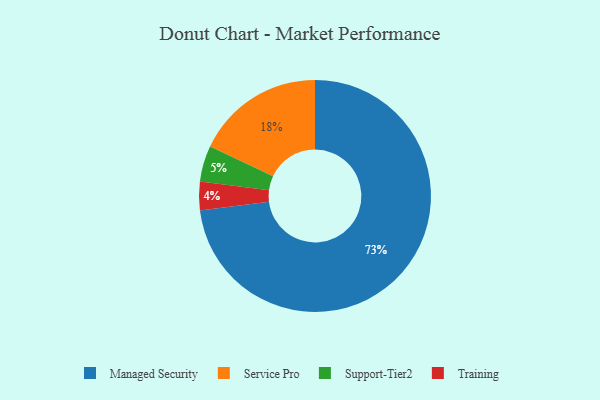
{"axis": {"x": "Category", "y": "Percentage"}, "legend": ["Managed Security", "Service Pro", "Support-Tier2", "Training"], "data": [{"x": "Service Pro", "y": 18, "type": "Service Pro"}, {"x": "Support-Tier2", "y": 5, "type": "Support-Tier2"}, {"x": "Managed Security", "y": 73, "type": "Managed Security"}, {"x": "Training", "y": 4, "type": "Training"}]}